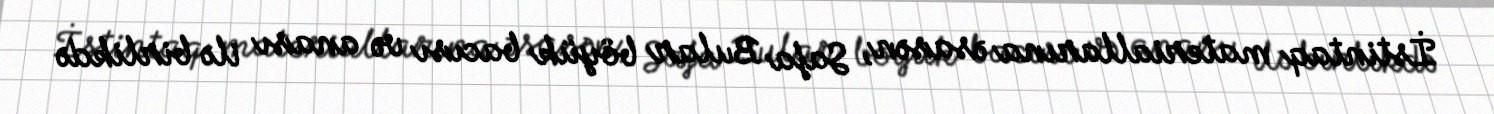
İstintaq materiallarına əsasən, Safa Bular böyük bacısı və anası ilə birlikdə